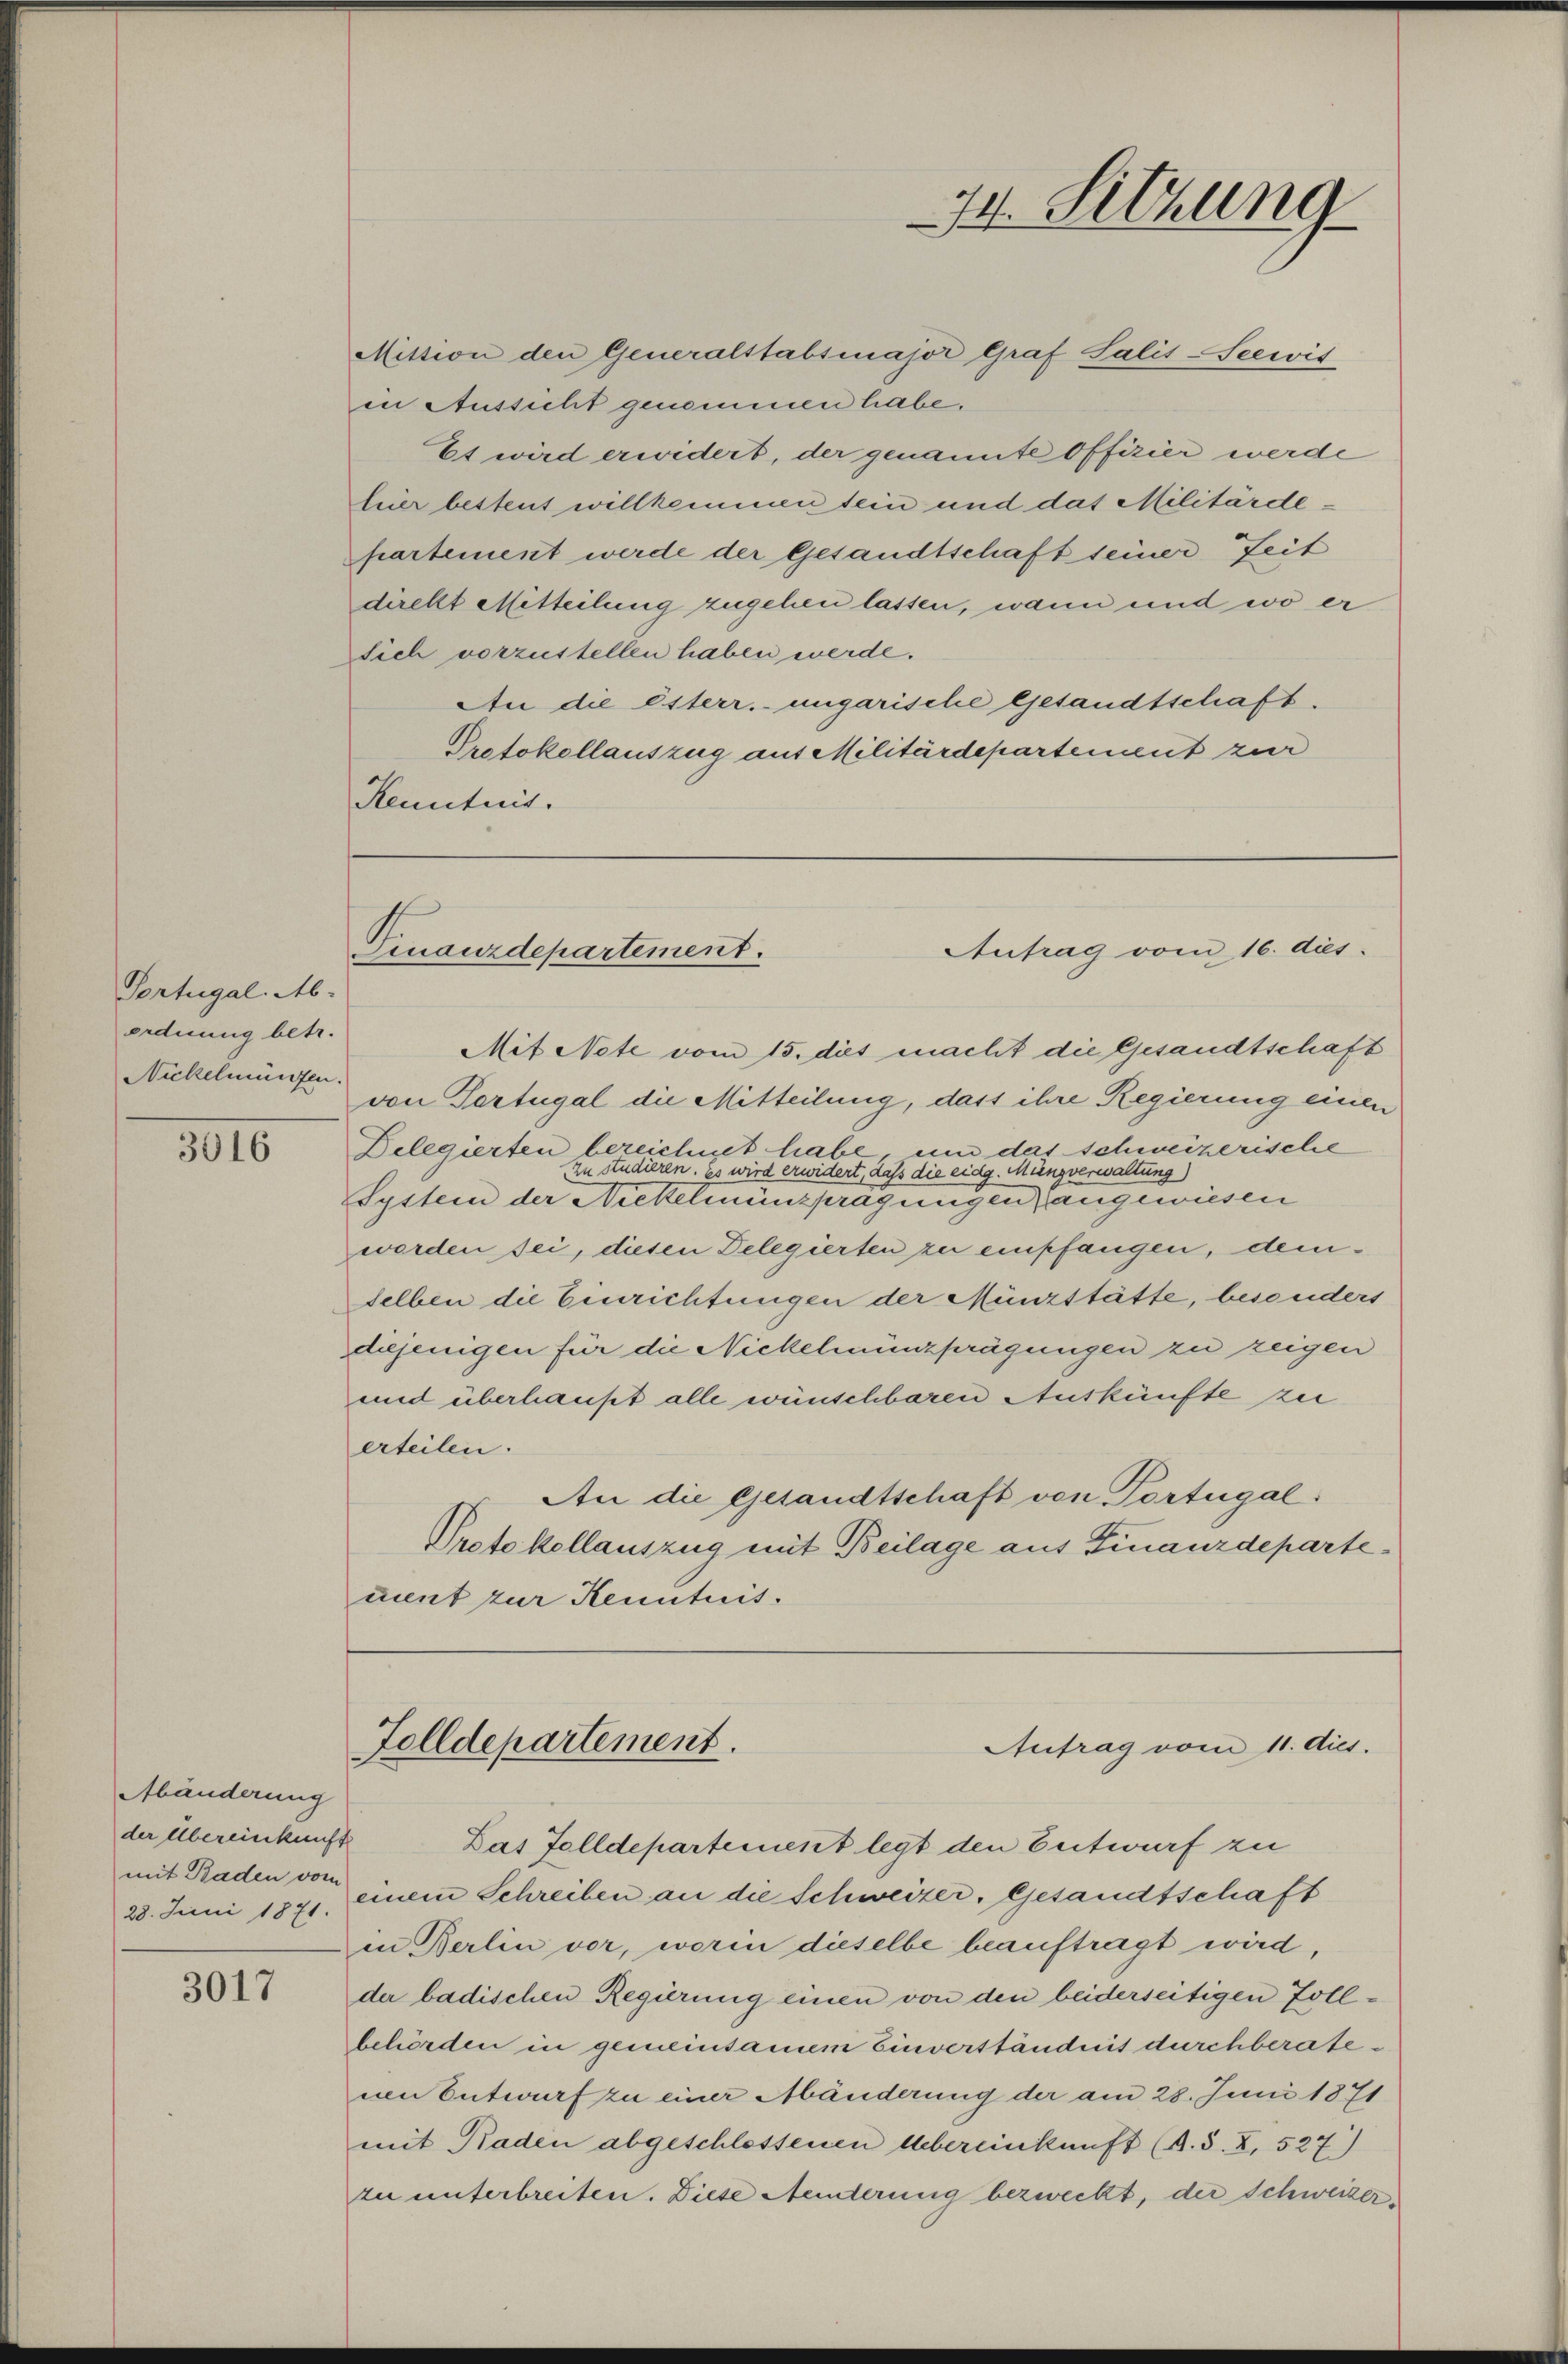
34. Sitzung

Mittion den Generalstabsmajor Graf Salis-Seewis
in Aussicht genommen habe.
Et wird erwidert, der genannte Offizier werde
leier bestent willkommen sein und das Militärdepartement werde der Gesandtschaft seiner Zeit
direkt Mitteilung zugehen lassen, wann und wo er
sich vorzustellen haben werde.
An die Esterr. ungarische Gesandtschaft.
Protokollauszug aus Militärdepartement zur
Kenntnis.

Finanzdepartement.
Antrag vom 16. dies

Portugal. Ab-
eordnung betr.
Nickelmünfen.

Mit Note vom 15. dies macht die Gesandtschaft
von Tertugal die Mitteilung, dass ihre Regierung einen
Delegierten bezeichnet habe, um das schweizerische
zu studieren. Es wird erwidert, daß die eidg. Münzverwaltung)
System der Nickelmünzpragungen angewiesen
worden sei, diesen Delegierten zu empfangen, demdelben die Einrichtungen der Münzstätte, besonders
diejenigen für die Nickelmünzprägungen zu zeigen
und überhaupt alle wünschbaren Auskünfte zu
erteilen.
An die Gesandtschaft von Portugal
Protokollauszug mit Beilage aus Finanzdepartecient zur Kenntnis.

3016

Folldepartement.
Antrag vom 11. ds.

Das Folldepartement legt den Entwurf zu
einem Schreiben an die Schweizer, Gesandtschaft
in Berlin vor, worin dieselbe beauftragt wird,
der badischen Regierung einen von den beiderseitigen Zollbehörden in gemeinsamem Einverständnis durchberateuen Entwurf zu einer Abänderung der am 28. Juni 1871
mit Raden abgeschlossenen Uebereinkunft (A. S. Z. 527)
zu unterbreiten. Diese Aenderung bezweckt, der Schweizer

Abänderung
der Übereinkunft
mit Baden vom
28. Juni 1871.

3017